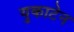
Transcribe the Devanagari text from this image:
युकाटेन